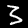
Digit: 3